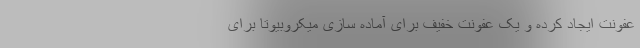
عفونت ایجاد کرده و یک عفونت خفیف برای آماده سازی میکروبیوتا برای